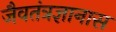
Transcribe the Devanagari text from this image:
जैवतंत्रज्ञानास